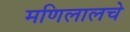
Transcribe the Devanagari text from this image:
मणिलालचे